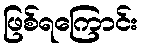
ဖြစ်ရကြောင်း